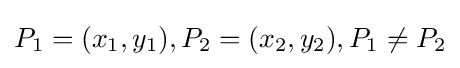
P_{1}=(x_{1},y_{1}),P_{2}=(x_{2},y_{2}),P_{1}\neq P_{2}